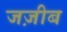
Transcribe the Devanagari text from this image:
जज़ीब